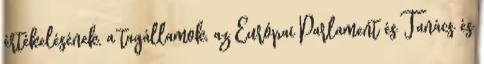
értékelésének, a tagállamok, az Európai Parlament és Tanács és